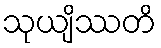
သုယျိဿတိ